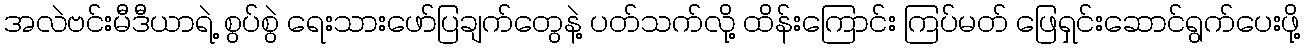
အလဲဗင်းမီဒီယာရဲ့ စွပ်စွဲ ရေးသားဖော်ပြချက်တွေနဲ့ ပတ်သက်လို့ ထိန်းကြောင်း ကြပ်မတ် ဖြေရှင်းဆောင်ရွက်ပေးဖို့